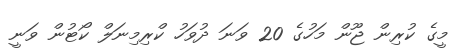
މީގެ ކުރިން ޖޫން މަހުގެ 20 ވަނަ ދުވަހު ކްރިމިނަލް ކޯޓުން ވަނީ